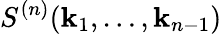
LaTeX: S^{(n)}(\mathbf{k}_{1},\ldots,\mathbf{k}_{n-1})